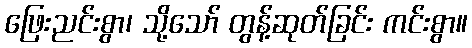
ဖြေးညင်းစွာ၊ သို့သော် တွန့်ဆုတ်ခြင်း ကင်းစွာ။